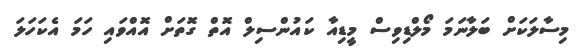
މިސާލަކަށް ބަލާނަމަ މޯލްޑިވިސް މީޑިއާ ކައުންސިލް އޮތް ގޮތަށް އޮއްވައި ހަމަ އެކަހަލަ